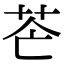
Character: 𦭆